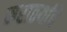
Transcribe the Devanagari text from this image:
मराठयांचे